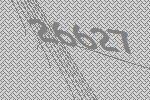
26627